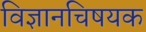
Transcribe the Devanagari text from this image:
विज्ञानचिषयक